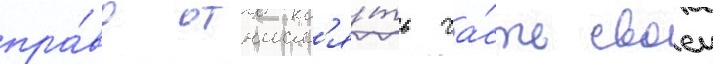
пра́во отчисл'я́ть ча́сть своеи